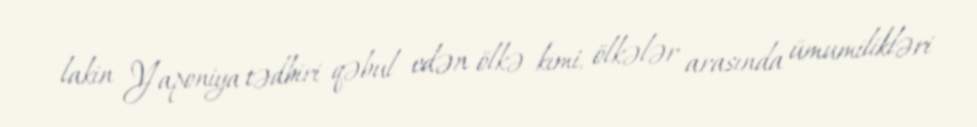
lakin Yaponiya tədbiri qəbul edən ölkə kimi, ölkələr arasında ümumilikləri